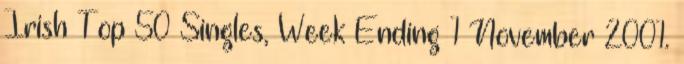
Irish Top 50 Singles, Week Ending 1 November 2001.